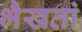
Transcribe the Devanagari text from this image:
भैखतां